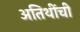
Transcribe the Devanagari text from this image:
अतिथींची